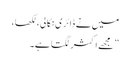
میں نے ڈائری نکالی، لکھا،
”مجھے اکثر لگتا ہے۔